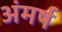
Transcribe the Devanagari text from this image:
अंमर्ष